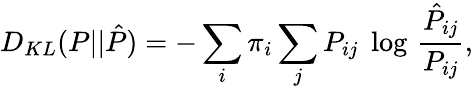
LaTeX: D_{KL}(P||\hat{P})=-\sum_{i}\pi_{i}\sum_{j}P_{ij}\; \log\, \frac{\hat{P}_{ij}}{P_{ij}},